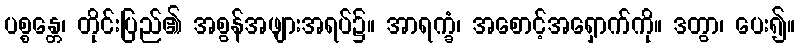
ပစ္စန္တေ၊ တိုင်းပြည်၏ အစွန်အဖျားအရပ်၌။ အာရက္ခံ၊ အစောင့်အရှောက်ကို။ ဒတွာ၊ ပေး၍။